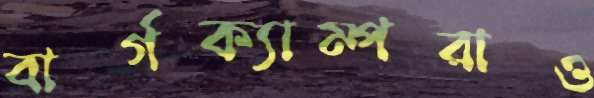
বার্গক্যাম্পরাও